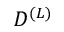
{ \cal { D } } ^ { ( L ) }